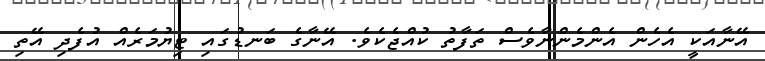
އޭނާއަކީ އެހެން އެންމެންނާވެސް ތަފާތު ކުއްޖެކެވެ. އޭނާގެ ބަނޑުގައި ޓިޔުމަރެއް އުފެދި އޭތި